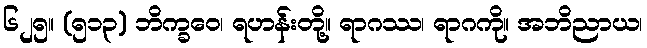
၆၂၅။ (၅၁၃) ဘိက္ခဝေ၊ ရဟန်းတို့။ ရာဂဿ၊ ရာဂကို။ အဘိညာယ၊